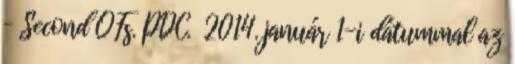
– Second QFs. PDC. 2014. január 1-i dátummal az